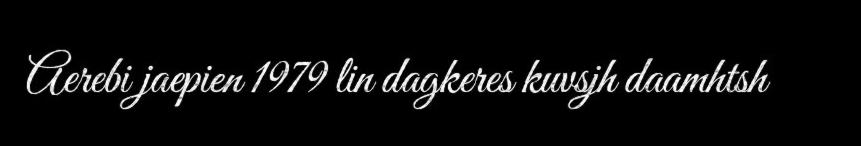
Aerebi jaepien 1979 lin dagkeres kuvsjh daamhtsh